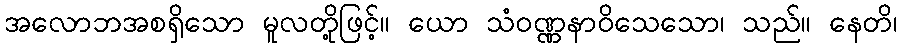
အလောဘအစရှိသော မူလတို့ဖြင့်။ ယော သံဝဏ္ဏနာဝိသေသော၊ သည်။ နေတိ၊